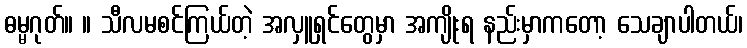
ဓမ္မဂုတ်။ ။ သီလမစင်ကြယ်တဲ့ အလှူရှင်တွေမှာ အကျိုးရ နည်းမှာကတော့ သေချာပါတယ်၊